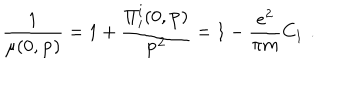
\frac { 1 } { \mu ( 0 , { \bf p } ) } = 1 + \frac { \Pi _ { i } ^ { i } ( 0 , { \bf p } ) } { { \bf p ^ { 2 } } } = 1 - \frac { e ^ { 2 } } { \pi m } C _ { 1 } \, \, .